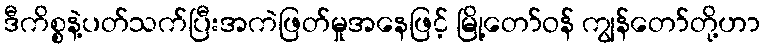
ဒီကိစ္စနဲ့ပတ်သက်ပြီးအကဲဖြတ်မှုအနေဖြင့် မြို့တော်ဝန် ကျွန်တော်တို့ဟာ